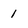
Character: 1